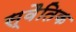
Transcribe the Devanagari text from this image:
स्वैतिक